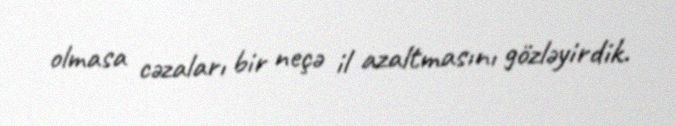
olmasa cəzaları bir neçə il azaltmasını gözləyirdik.